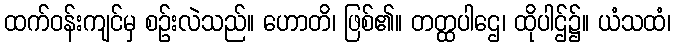
ထက်ဝန်းကျင်မှ စဉ်းလဲသည်။ ဟောတိ၊ ဖြစ်၏။ တတ္ထပါဌေ၊ ထိုပါဌ်၌။ ယံသထံ၊